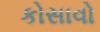
કોસાવો